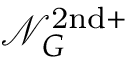
\mathcal { N } _ { G } ^ { \mathrm { 2 n d + } }